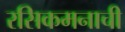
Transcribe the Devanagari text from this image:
रसिकमनाची